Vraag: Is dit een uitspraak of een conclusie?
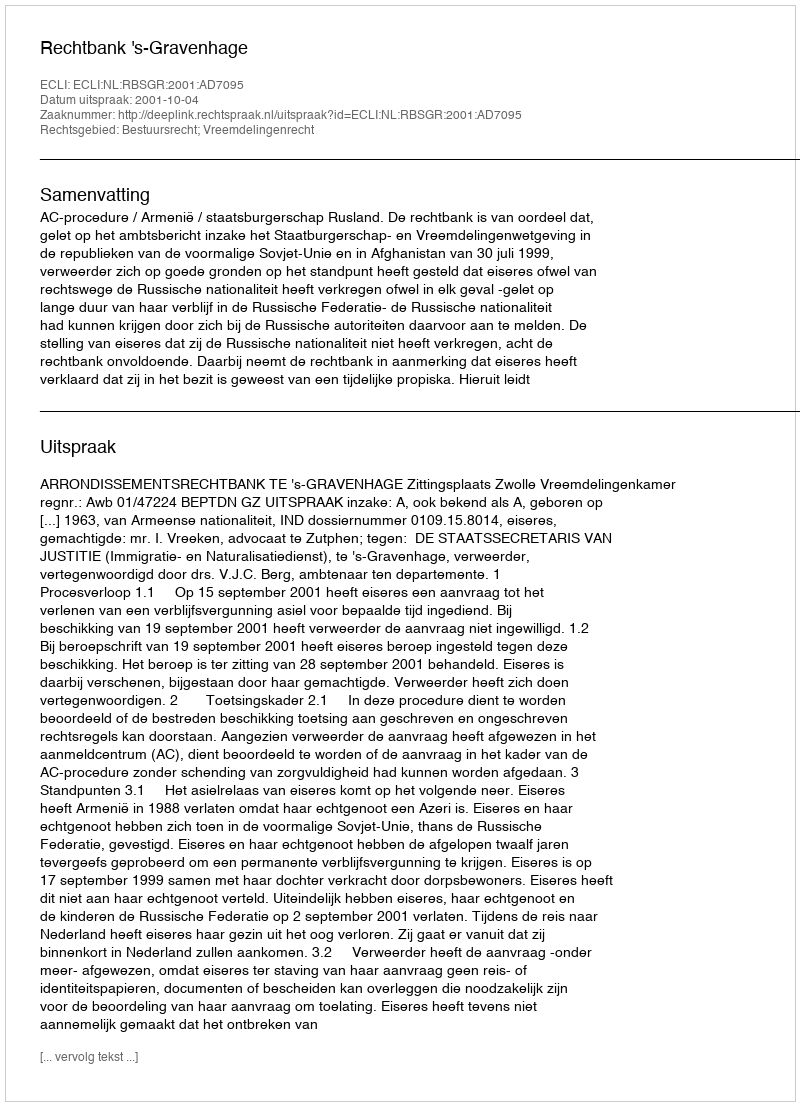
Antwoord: Uitspraak